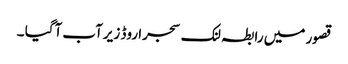
قصور میں رابطہ لنک سجرا روڈ زیرآب آگیا ۔